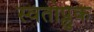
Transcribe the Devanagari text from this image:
स्वतोप्लुक